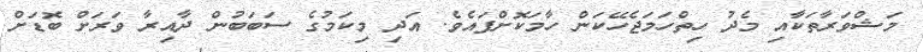
މަޝްވަރާތަކާއި މެދު ހިތްހަމަޖެހޭކަން ހާމަކޮށްފައެވެ. އަދި މިކަމުގެ ސަބަބުން ދާއިރާ ވަރަށް ބޮޑަށް